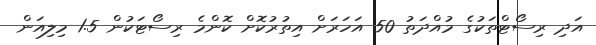
އަދި ރިސޯޓްތަކުގެ މުއްދަތު 50 އަހަރަށް އިތުރުކޮށް ކޮންމެ ރިސޯޓަކުން 1.5 މިލިއަން